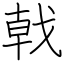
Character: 戟